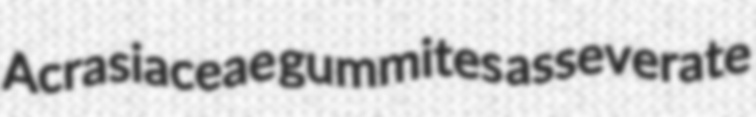
Acrasiaceae gummites asseverate